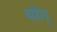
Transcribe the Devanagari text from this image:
योग्‌